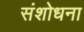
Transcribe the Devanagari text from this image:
संशोधना